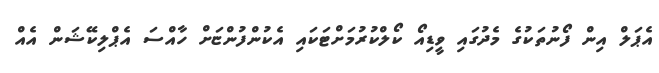
އެޕަލް އިން ފޯނުތަކުގެ މެދުގައި ވީޑިއޯ ކޯލްކުރުމަށްޓަކައި އެކުންފުންޏަށް ހާއްސަ އެޕްލިކޭޝަން އެއް